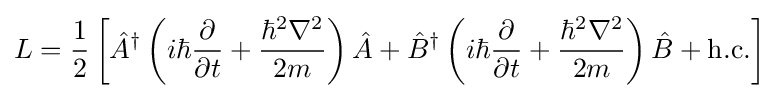
L={\frac {1}{2}}\left[{\hat {A}}^{\dagger }\left(i\hbar {\frac {\partial }{\partial t}}+{\frac {\hbar ^{2}\nabla ^{2}}{2m}}\right){\hat {A}}+{\hat {B}}^{\dagger }\left(i\hbar {\frac {\partial }{\partial t}}+{\frac {\hbar ^{2}\nabla ^{2}}{2m}}\right){\hat {B}}+{\text{h.c.}}\right]